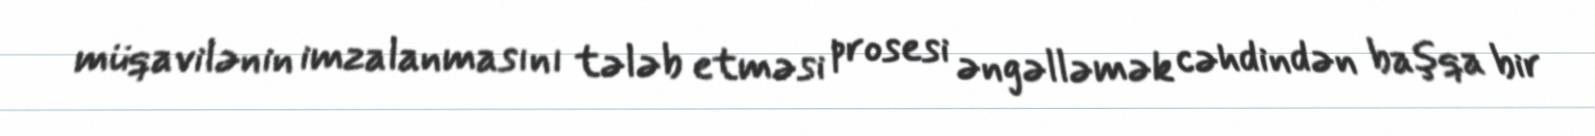
müqavilənin imzalanmasını tələb etməsi prosesi əngəlləmək cəhdindən başqa bir